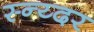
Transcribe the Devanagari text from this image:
स्न्य्दर